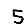
Digit: 5